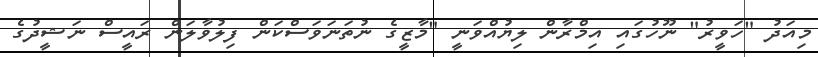
މިއަދު "ހަވީރު" ނޫހުގައި އިމްރާން ލިޔުއްވަނީ "މާޒީގެ ނުތަނަވަސްކަން ފިލުވާލަން ރައީސް ނަޝީދުގެ